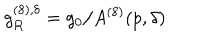
g _ { R } ^ { ( 8 ) , \delta } = g _ { 0 } / A ^ { ( 8 ) } ( p , \delta )